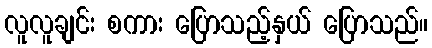
လူလူချင်း စကား ပြောသည့်နှယ် ပြောသည်။